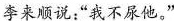
李来顺说:“我不尿他。”